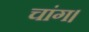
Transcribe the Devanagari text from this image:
चांग।